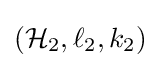
({\mathcal {H}}_{2},\ell _{2},k_{2})